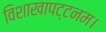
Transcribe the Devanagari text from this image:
विशाखापट्टनम।